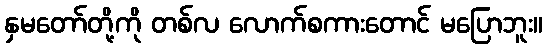
နှမတော်တို့ကို တစ်လ လောက်စကားတောင် မပြောဘူး။